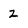
Character: z